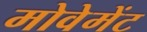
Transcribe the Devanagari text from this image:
मोवेमेंट